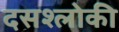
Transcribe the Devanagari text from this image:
दसश्लोकी